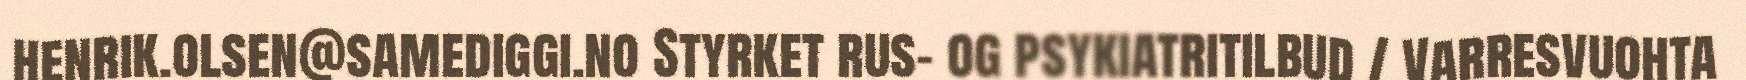
henrik.olsen@samediggi.no Styrket rus- og psykiatritilbud / Varresvuohta